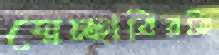
স্বেচ্ছাবিরতি